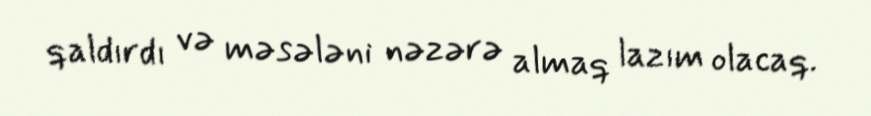
qaldırdı və məsələni nəzərə almaq lazım olacaq.